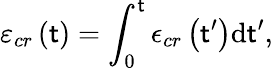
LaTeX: \varepsilon_{cr}\left(\mathsf{t}\right)=\int_{0}^{\mathsf{t}}\epsilon_{cr}\left(\mathsf{t}^{\prime}\right)\mathrm{{d}}\mathsf{t}^{\prime},